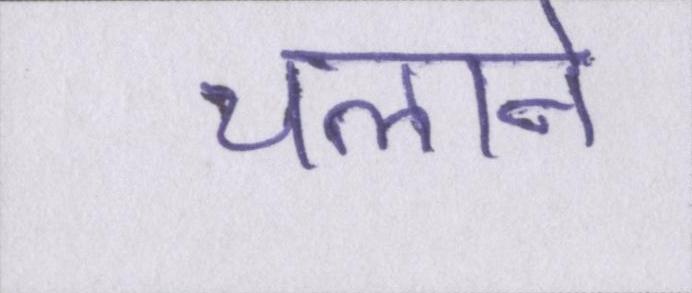
चलाने